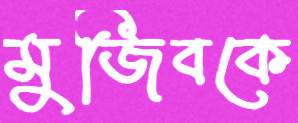
মুজিবকে